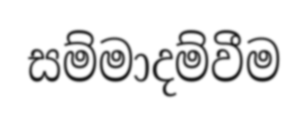
සම්මාදම්වීම